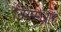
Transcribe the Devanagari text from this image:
नियमऔर